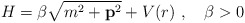
\begin{align*}H=\beta\sqrt{m^2+{\bf p}^2}+V(r)\ ,\quad\beta>0\,\end{align*}